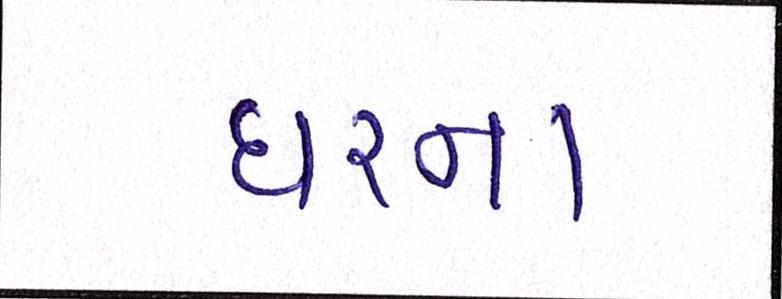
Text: ઘરના